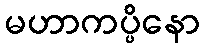
မဟာကပ္ပိနော